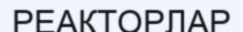
РЕАКТОРЛАР